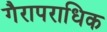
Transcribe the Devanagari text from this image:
गैरापराधिक